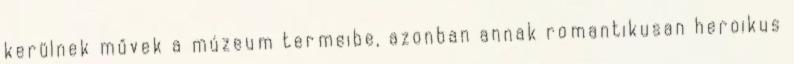
kerülnek művek a múzeum termeibe, azonban annak romantikusan heroikus